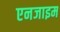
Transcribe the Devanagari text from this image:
एनजाइम